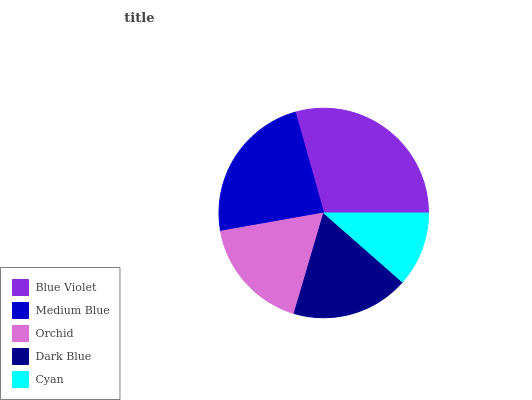
| Blue Violet | Medium Blue | Orchid | Dark Blue | Cyan |
 | --- | --- | --- | --- | --- |
 | 29.4% | 23.4% | 17.6% | 18.1% | 11.4% |